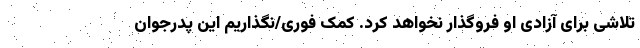
تلاشی برای آزادی او فروگذار نخواهد کرد. کمک فوری/نگذاریم این پدرجوان